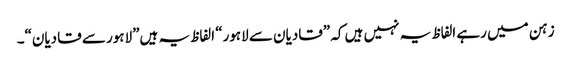
زہن میں رہے الفاظ یہ نہیں ہیں کہ ”قادیان سے لاہور“ الفاظ یہ ہیں”لاہور سے قادیان“۔